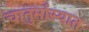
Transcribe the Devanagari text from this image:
चातुर्मास्यात